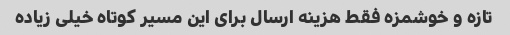
تازه و خوشمزه فقط هزینه ارسال برای این مسیر کوتاه خیلی زیاده